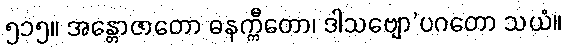
၅၁၅။ အန္တောဇာတော ဓနက္ကီတော၊ ဒါသဗျော’ပဂတော သယံ။